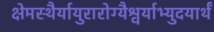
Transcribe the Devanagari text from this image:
क्षेमस्थैर्यायुरारोग्यैश्वर्याभ्युदयार्थं